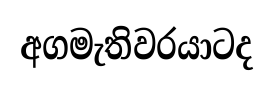
අගමැතිවරයාටද